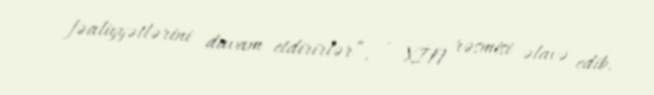
fəaliyyətlərini davam etdirirlər”, - XİN rəsmisi əlavə edib.